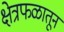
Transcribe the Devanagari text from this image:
क्षेत्रफळातून